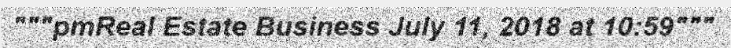
"""pmReal Estate Business July 11, 2018 at 10:59"""